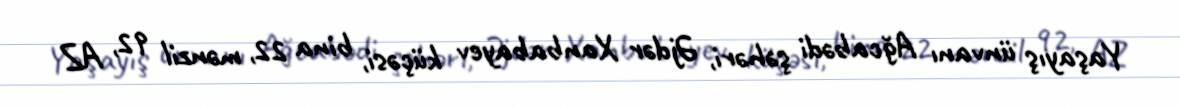
Yaşayış ünvanı Ağcabədi şəhəri, Əjdər Xanbabayev küçəsi, bina 22, mənzil 92, AZ